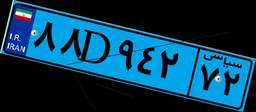
۴۴D۵۵۹۵۳